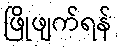
ဖြိုဖျက်ရန်